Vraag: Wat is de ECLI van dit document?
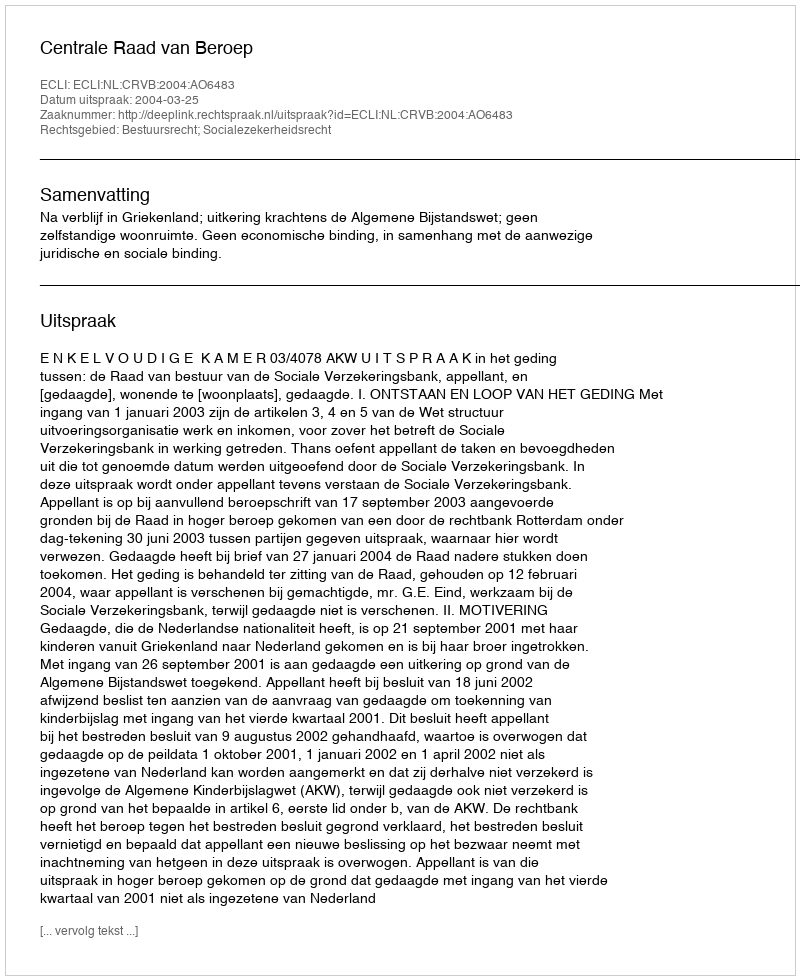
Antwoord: ECLI:NL:CRVB:2004:AO6483